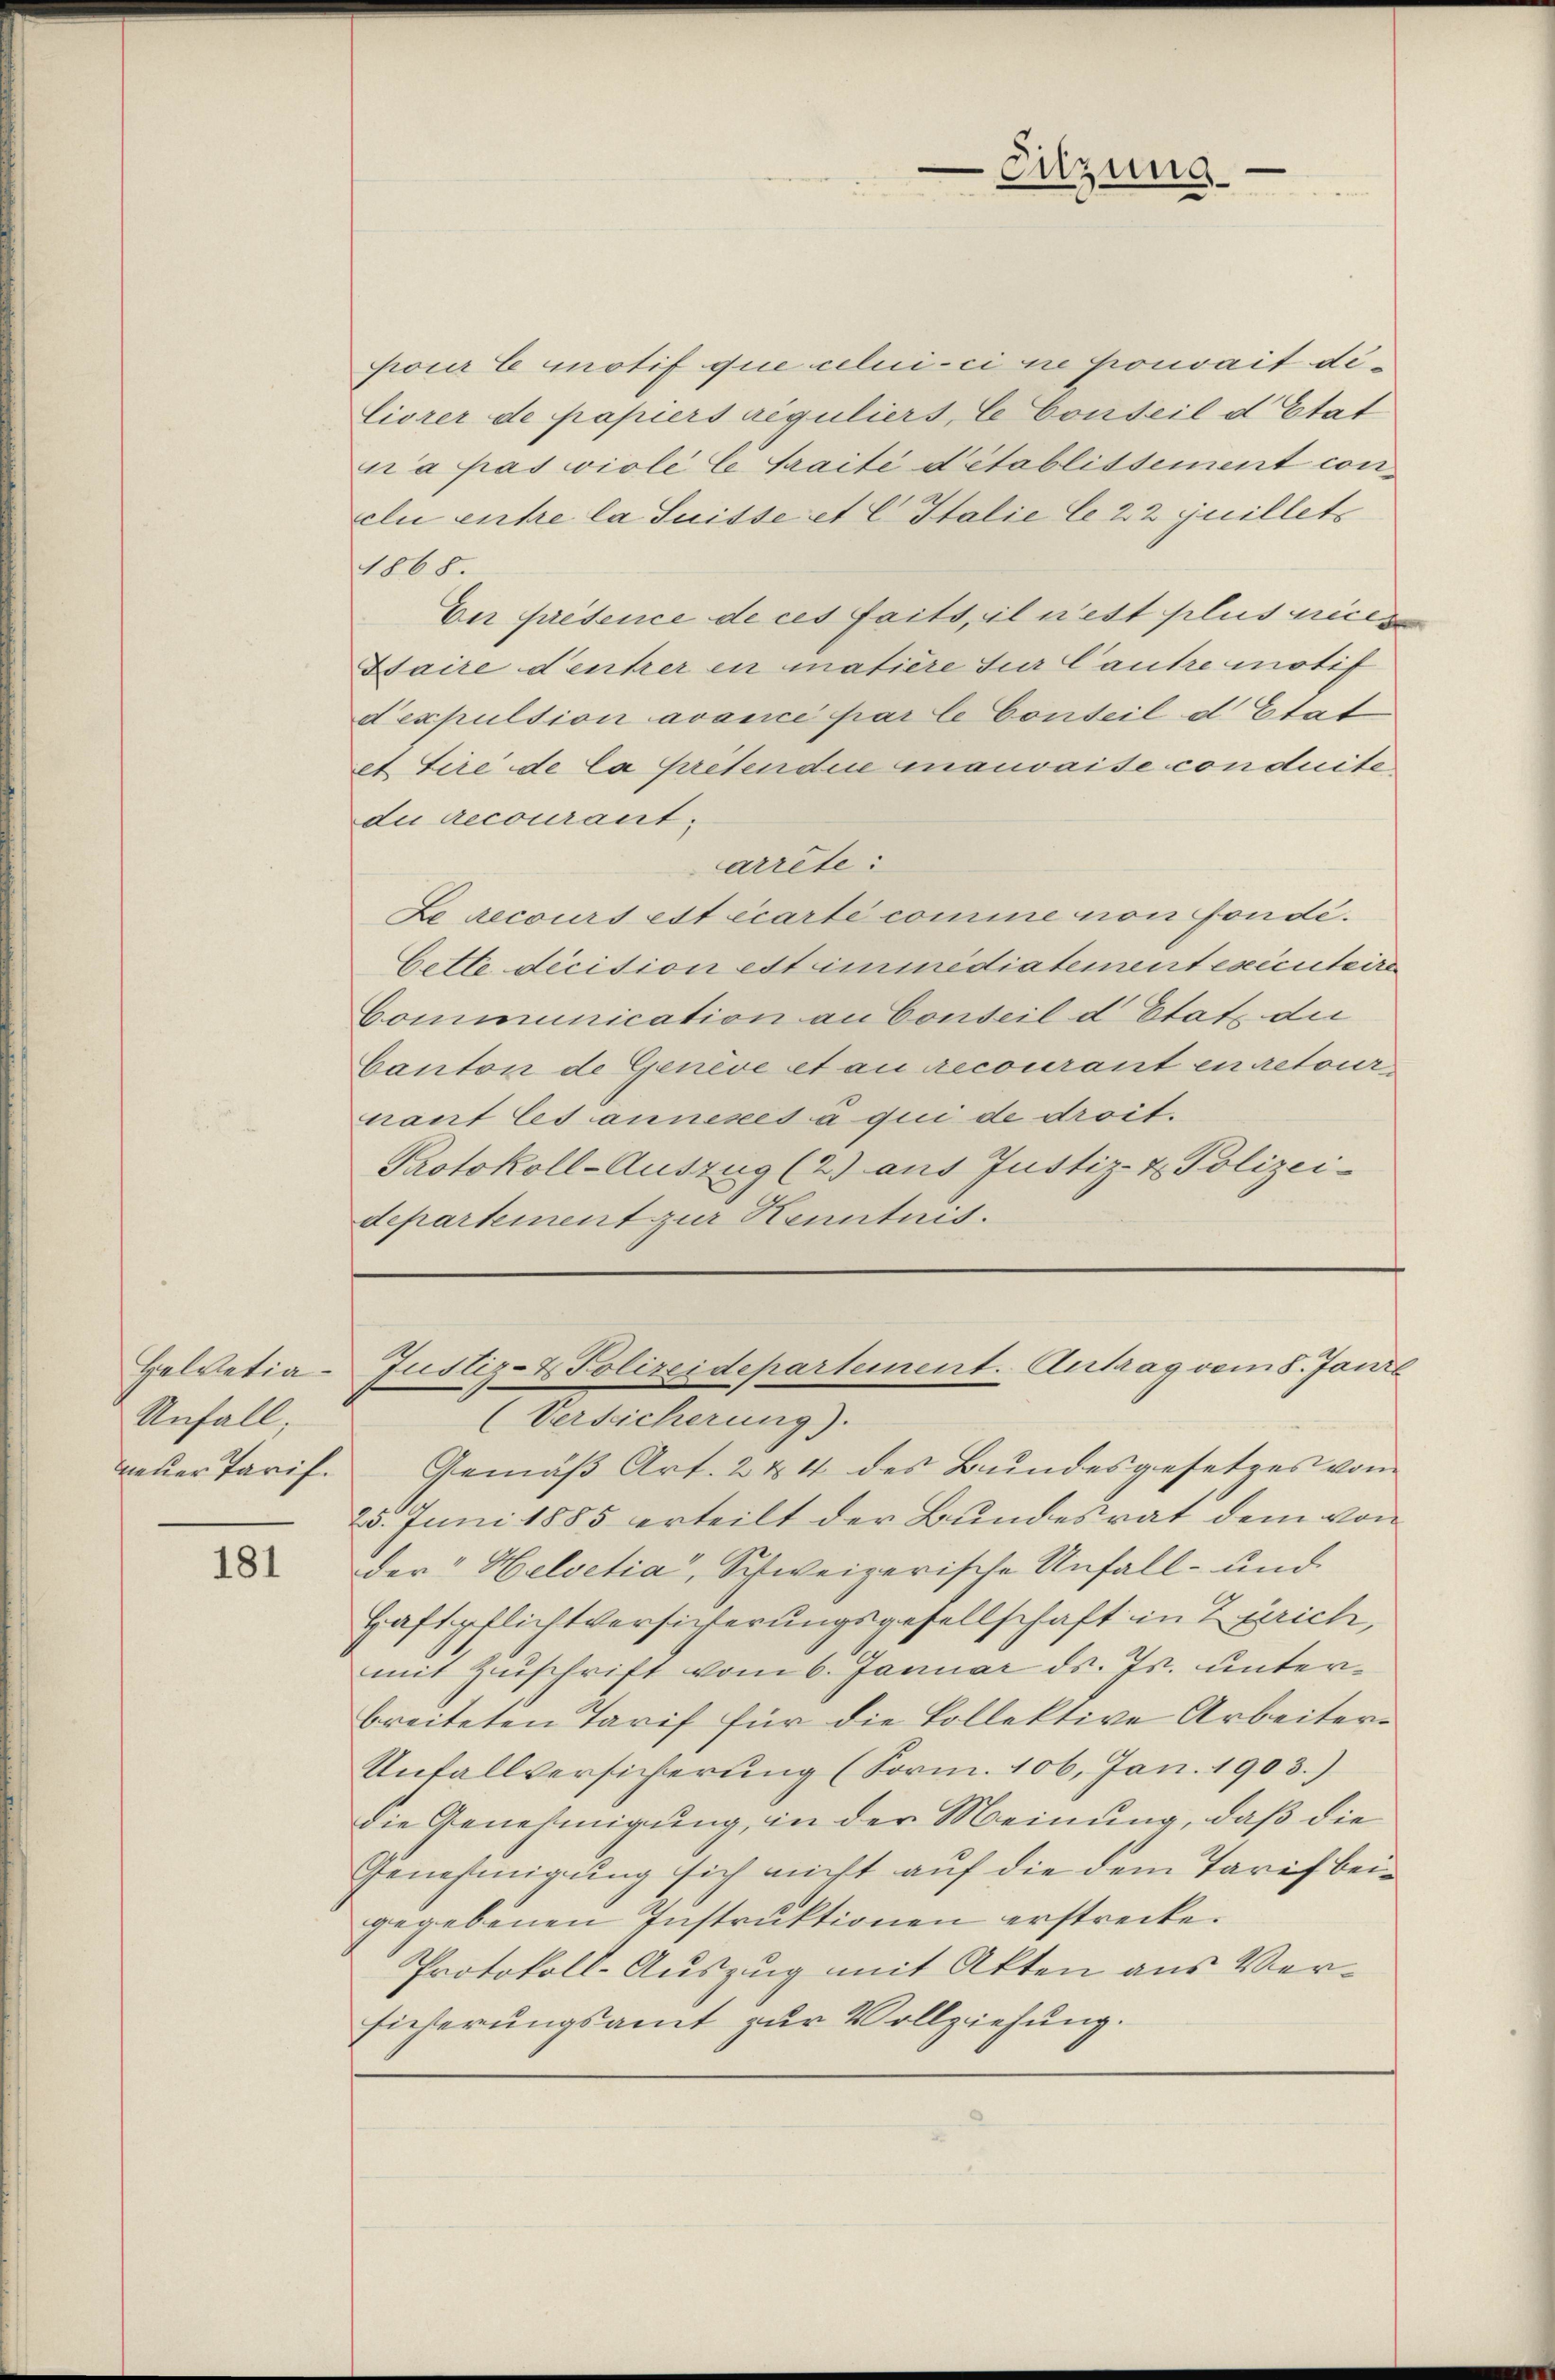
Helvetia
Unfall,
neuer Tarif.

181

pour le motif que celui-ci ne pouvait de¬
Ciorer de papiers reguliers, le Conseil d’Etat
vra pas violé C Traité d’établissement conclu entre la Suisse et C Italie le 22 Juillets
1868.
Ver présence de ces faits, il n’est plus preis
Itaire d’entrer in matière sur Cautre motif
d’expulsion avance par le Conseil d’Etat
et tire de la pretendice mauvaise conduite,
du recourantarrête:
Le recours est écarte comme von fonde.
bette decision est immédiatement exécuteire
Communication an Conseil d Etat die
Canton de Genève et au recourant en retournant les annexes a qui de droit.
Protokoll-Auszug (2) aus Justiz- & Polizei-
departement zur Kenntnis.

(Versicherung).
Gemäß Art. 2 & 4 des Bundesgesetzes vom
25. Juni 1885 erteilt der Bundesrat dem von
der" Helvetia, Schweizerische Unfall- und
Haftpflichtversicherungsgesellschaft in Zürich,
mit Zuschrift vom 6. Januar ds. Js. unterbreiteten Tarif für die kollektive Arbeiter¬
Unfallversicherung (Sorm. 106. Jan. 1903.)
die Genehmigung, in der Meinung, daß die
Genehmigung sich nicht auf die dem Tarif beigegebenen Instruktionen erstrecke.
Protokoll-Auszug mit Akten aus Ver¬
Eicherungsamt zur Vollziehung.

Sitzung

Justiz- & Polizeidepartement. Antrag vom 8. Janr